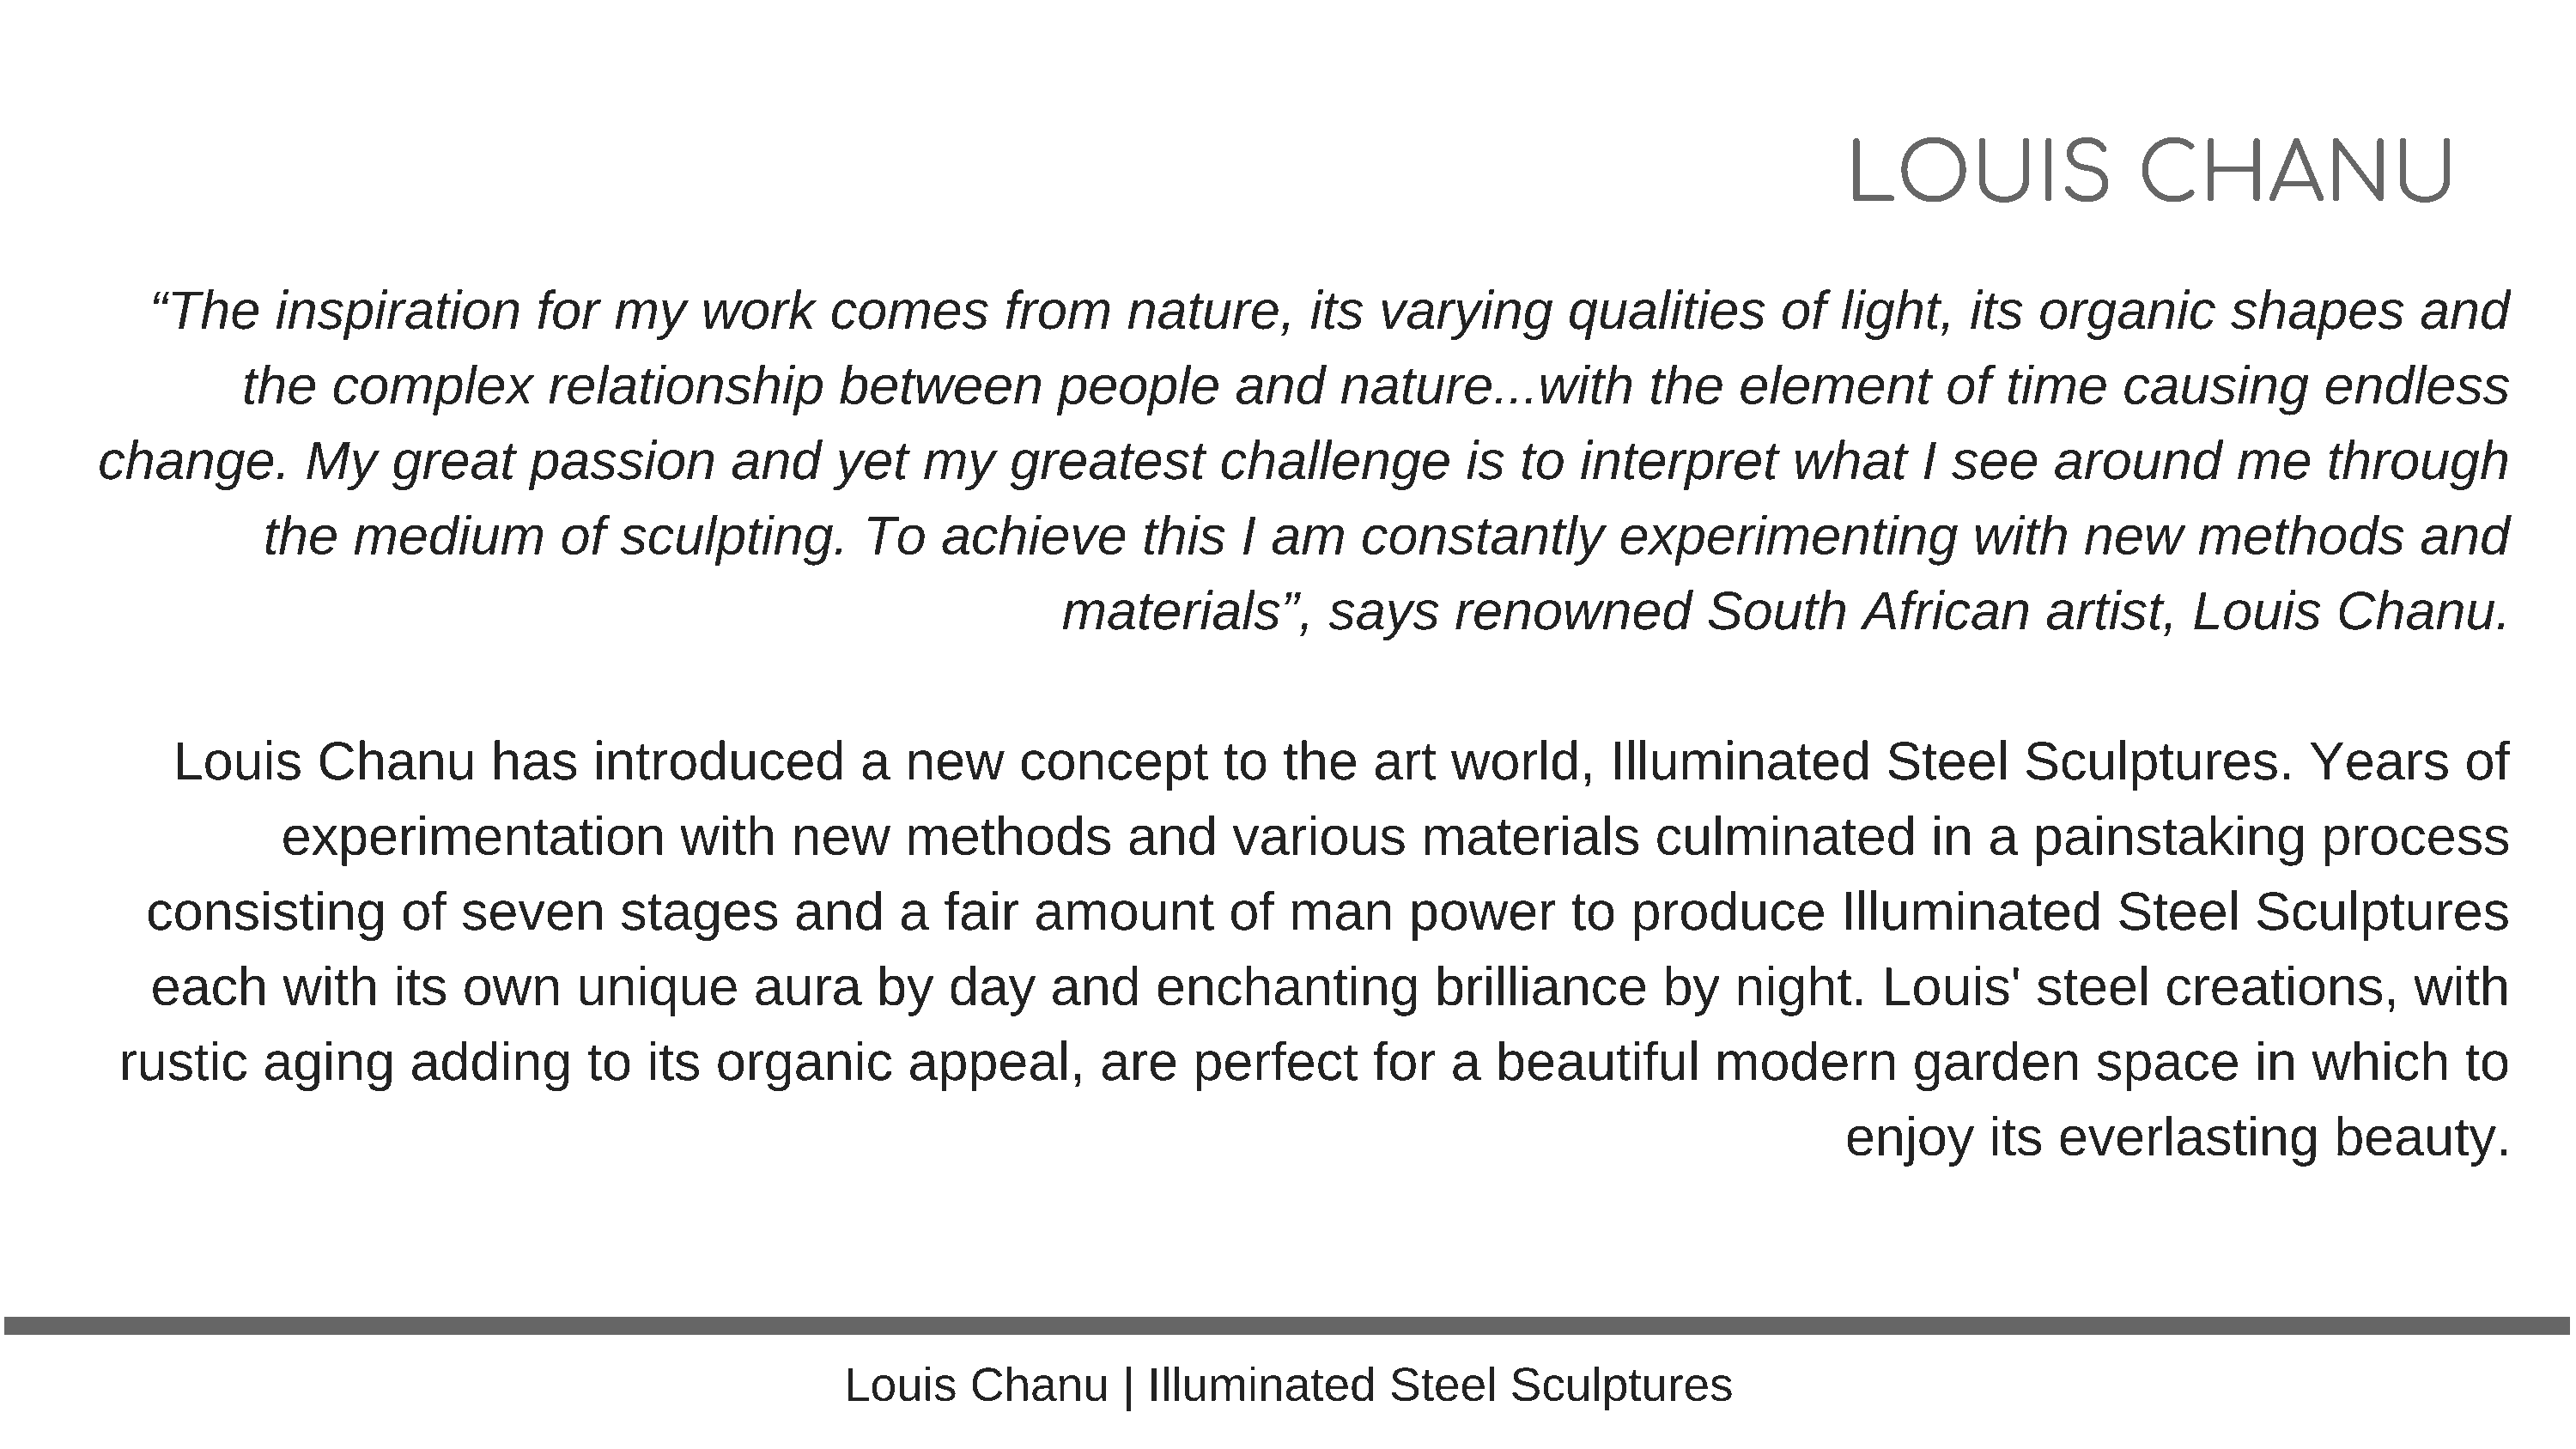
LOUIS                  CHANU
 “The     inspiration         for   my     work      comes        from      nature,       its  varying        qualities       of   light,    its  organic        shapes         and
 the    complex         relationship           between          people       and     nature...with           the    element         of   time     causing        endless
 change.         My    great      passion        and      yet   my     greatest        challenge          is  to   interpret       what      I  see    around         me     through
 the    medium          of   sculpting.         To    achieve        this    I am     constantly          experimenting              with     new      methods          and
 materials”,         says      renowned            South       African       artist,    Louis      Chanu.
 Louis      Chanu         has     introduced          a   new      concept        to   the    art   world,      Illuminated           Steel     Sculptures.           Years       of
 experimentation               with     new      methods          and     various        materials         culminated           in  a   painstaking           process
 consisting          of   seven       stages       and     a   fair   amount         of  man       power       to   produce         Illuminated          Steel      Sculptures
 each      with    its   own     unique        aura      by   day     and     enchanting            brilliance       by    night.     Louis'      steel     creations,         with
 rustic     aging       adding       to   its  organic        appeal,        are    perfect       for   a  beautiful        modern          garden        space       in  which       to
 enjoy      its   everlasting          beauty.
 Louis     Chanu       | Illuminated       Steel    Sculptures